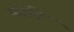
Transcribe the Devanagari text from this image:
कोनि